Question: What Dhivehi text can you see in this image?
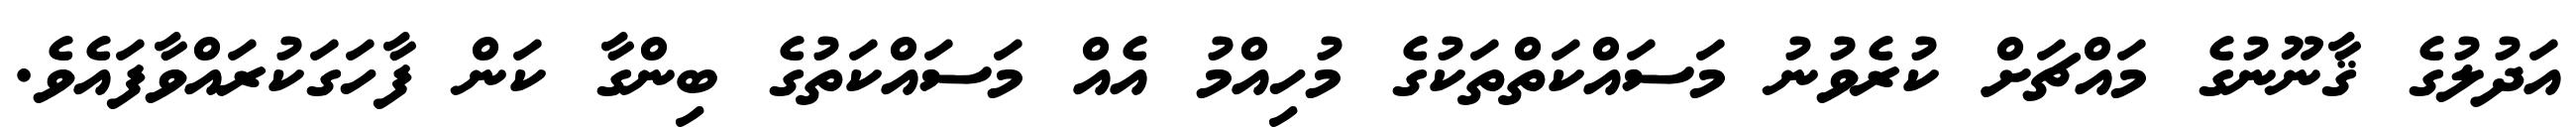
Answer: އަދުލުގެ ޤާނޫނުގެ މައްޗަށް ކުރެވުނު މަސައްކަތްތަކުގެ މުހިއްމު އެއް މަސައްކަތުގެ ބިންގާ ކަން ފާހަގަކުރައްވާފައެވެ.